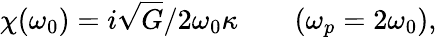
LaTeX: \chi(\omega_{0})=i\sqrt{G}/2\omega_{0}\kappa\qquad(\omega_{p}=2\omega_{0}),